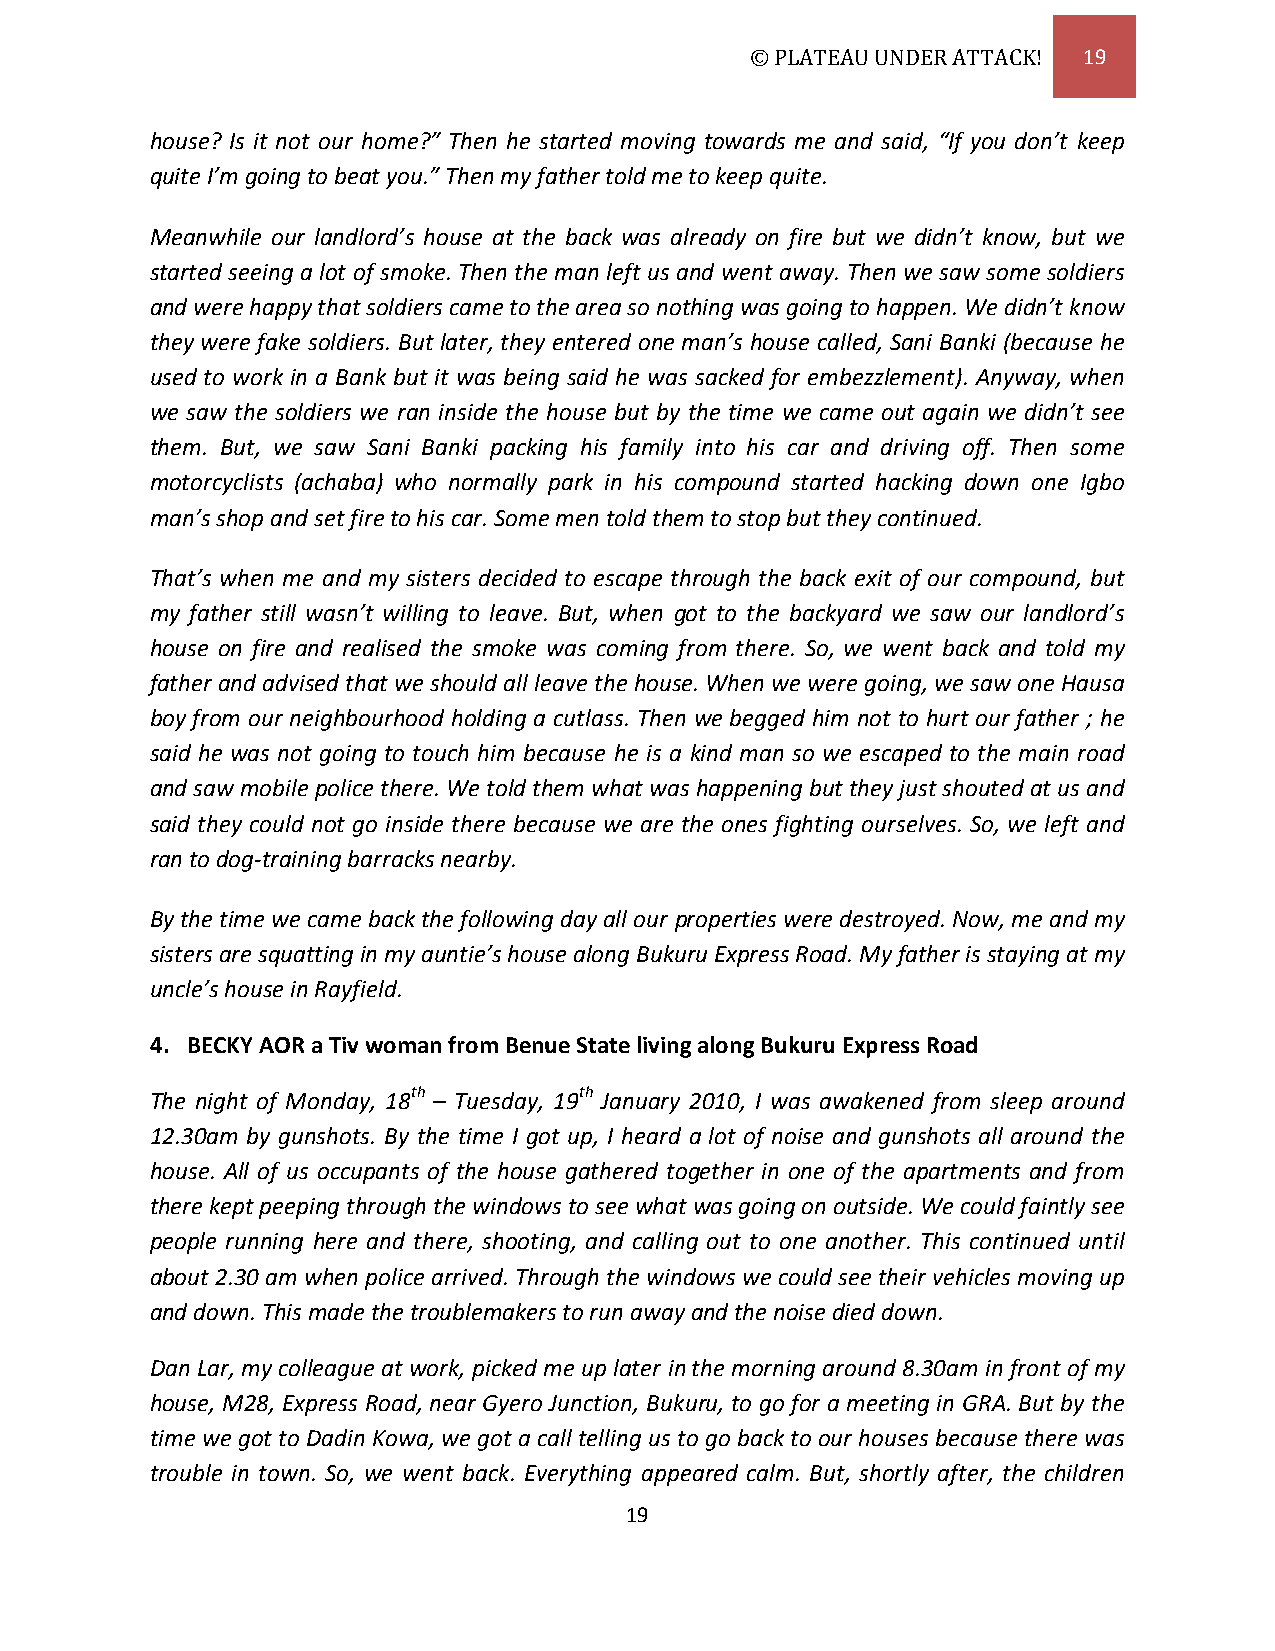
© PLATEAU UNDER ATTACK! 19
 house? Is it not our home?” Then he started moving towards me and said, “If you don’t keep
 quite I’m going to beat you.” Then my father told me to keep quite.
 Meanwhile our landlord’s house at the back was already on fire but we didn’t know, but we
 started seeing a lot of smoke. Then the man left us and went away. Then we saw some soldiers
 and were happy that soldiers came to the area so nothing was going to happen. We didn’t know
 they were fake soldiers. But later, they entered one man’s house called, Sani Banki (because he
 used to work in a Bank but it was being said he was sacked for embezzlement). Anyway, when
 we saw the soldiers we ran inside the house but by the time we came out again we didn’t see
 them. But, we saw Sani Banki packing his family into his car and driving off. Then some
 motorcyclists (achaba) who normally park in his compound started hacking down one Igbo
 man’s shop and set fire to his car. Some men told them to stop but they continued.
 That’s when me and my sisters decided to escape through the back exit of our compound, but
 my father still wasn’t willing to leave. But, when got to the backyard we saw our landlord’s
 house on fire and realised the smoke was coming from there. So, we went back and told my
 father and advised that we should all leave the house. When we were going, we saw one Hausa
 boy from our neighbourhood holding a cutlass. Then we begged him not to hurt our father ; he
 said he was not going to touch him because he is a kind man so we escaped to the main road
 and saw mobile police there. We told them what was happening but they just shouted at us and
 said they could not go inside there because we are the ones fighting ourselves. So, we left and
 ran to dog-training barracks nearby.
 By the time we came back the following day all our properties were destroyed. Now, me and my
 sisters are squatting in my auntie’s house along Bukuru Express Road. My father is staying at my
 uncle’s house in Rayfield.
 4. BECKY AOR a Tiv woman from Benue State living along Bukuru Express Road
 The night of Monday, 18th – Tuesday, 19th January 2010, I was awakened from sleep around
 12.30am by gunshots. By the time I got up, I heard a lot of noise and gunshots all around the
 house. All of us occupants of the house gathered together in one of the apartments and from
 there kept peeping through the windows to see what was going on outside. We could faintly see
 people running here and there, shooting, and calling out to one another. This continued until
 about 2.30 am when police arrived. Through the windows we could see their vehicles moving up
 and down. This made the troublemakers to run away and the noise died down.
 Dan Lar, my colleague at work, picked me up later in the morning around 8.30am in front of my
 house, M28, Express Road, near Gyero Junction, Bukuru, to go for a meeting in GRA. But by the
 time we got to Dadin Kowa, we got a call telling us to go back to our houses because there was
 trouble in town. So, we went back. Everything appeared calm. But, shortly after, the children
 19